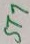
Text: ST7